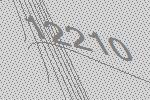
12210